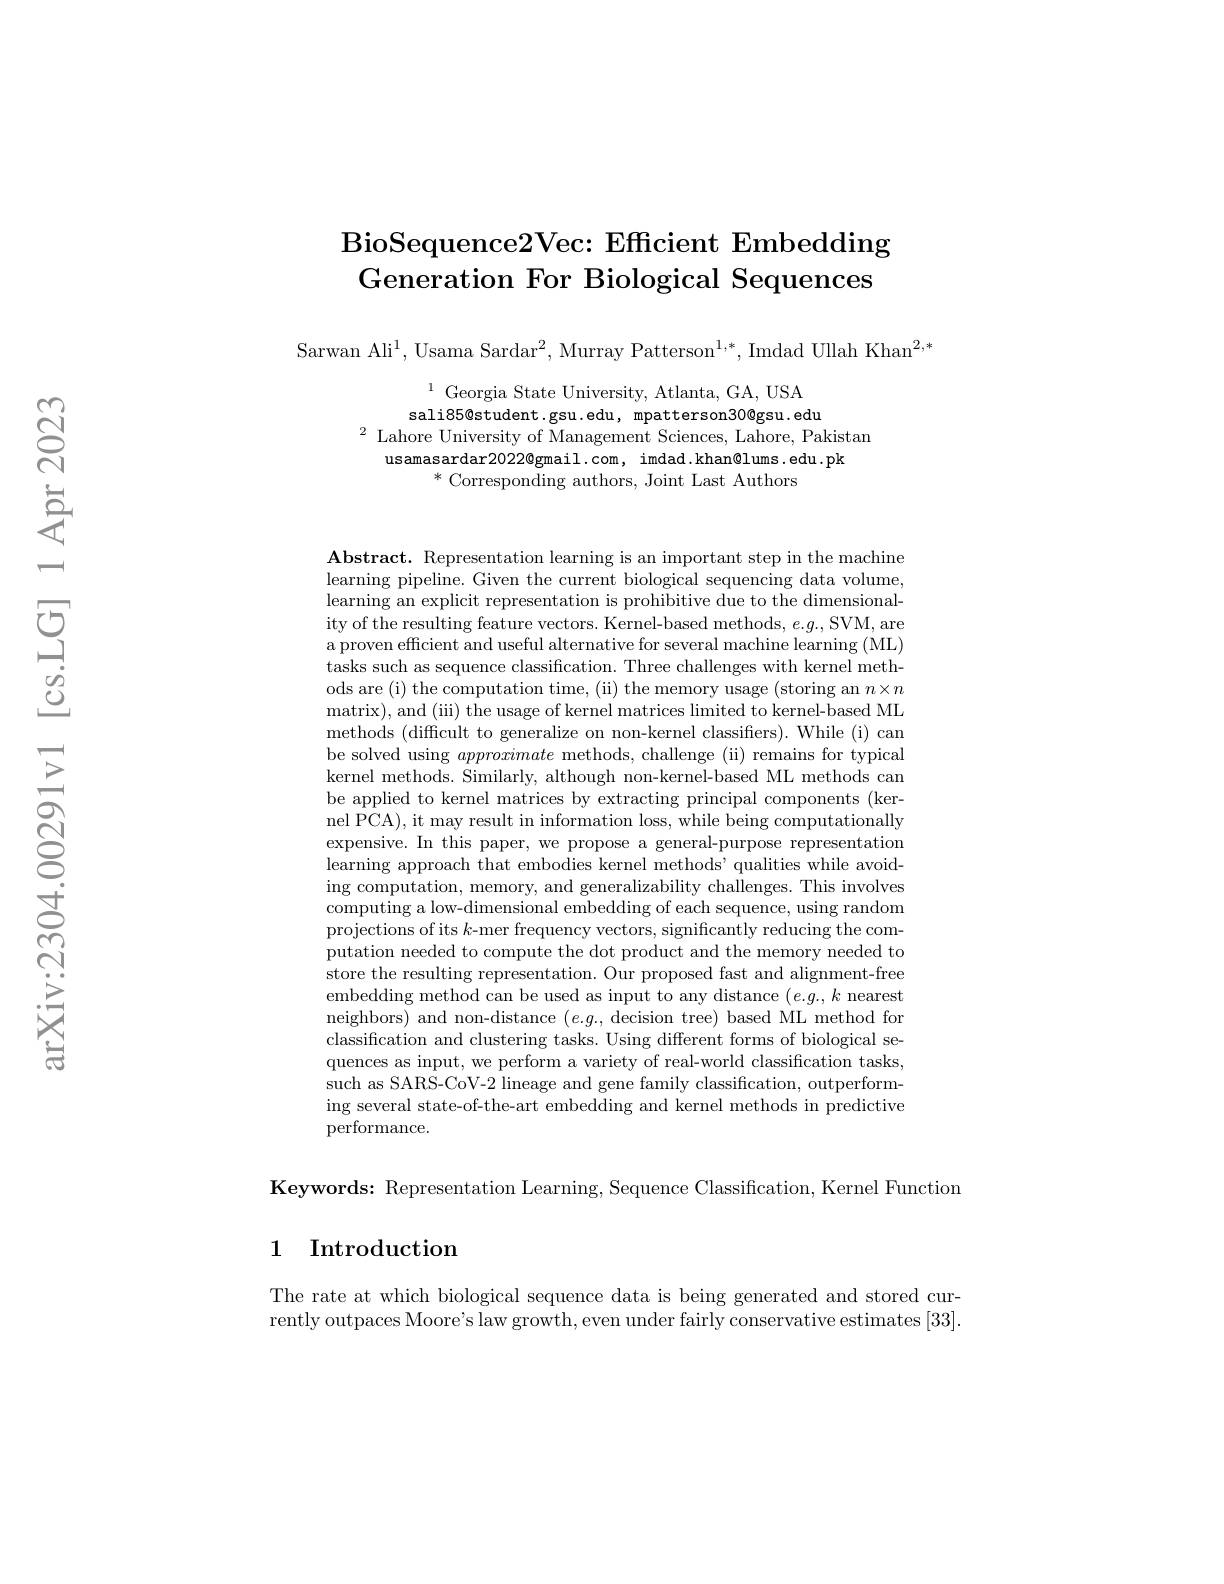
# BioSequence2Vec: Efficient Embedding Generation For Biological Sequences

Sarwan Ali$^1$, Usama Sardar$^2$, Murray Patterson$^1,*$, Imdad Ullah Khan$^2,*$

$^{1}$ Georgia State University, Atlanta, GA, USA sali85@student.gsu.edu, mpatterson30@gsu.edu
$^{2}$ Lahore University of Management Sciences, Lahore, Pakistan
usamasardar2022@gmail.com, imdad.khan@lums.edu.pk
$^*$Corresponding authors, Joint Last Authors

$\mathbf{Abstract.~Representation~learning~is~an~important~step~in~the~machine}$ learning pipeline. Given the current biological sequencing data volume, learning an explicit representation is prohibitive due to the dimensionality of the resulting feature vectors. Kernel-based methods, $e.g.$,SVM, are a proven efficient and useful alternative for several machine learning (ML) tasks such as sequence classification. Three challenges with kernel methods are (i) the computation time, (ii) the memory usage (storing an $n\times n$ matrix), and (iii) the usage of kernel matrices limited to kernel-based ML methods (difficult to generalize on non-kernel classifiers). While (i) can be solved using approximate methods, challenge (ii) remains for typical kernel methods. Similarly, although non-kernel-based ML methods can be applied to kernel matrices by extracting principal components (ker-) nel PCA), it may result in information loss, while being computationally expensive. In this paper, we propose a general-purpose representation learning approach that embodies kernel methods' qualities while avoiding computation, memory, and generalizability challenges. This involves computing a low-dimensional embedding of each sequence, using random projections of its $k$-mer frequency vectors, significantly reducing the computation needed to compute the dot product and the memory needed to store the resulting representation. Our proposed fast and alignment-free embedding method can be used as input to any distance $(e.g.,k$ nearest neighbors) and non-distance $(e.g.$, decision tree) based ML method for classification and clustering tasks. Using different forms of biological sequences as input, we perform a variety of real-world classification tasks, such as SARS-CoV-2 lineage and gene family classification, outperforming several state-of-the-art embedding and kernel methods in predictive performance.

Keywords: Representation Learning, Sequence Classification, Kernel Function

## 1 Introduction

The rate at which biological sequence data is being generated and stored currently outpaces Moore's law growth, even under fairly conservative estimates [33]